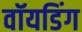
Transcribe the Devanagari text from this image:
वॉयडिंग